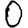
Digit: 0